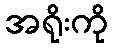
အရိုးကို